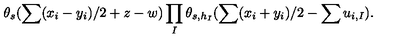
\theta _ { s } ( \sum ( x _ { i } - y _ { i } ) / 2 + z - w ) \prod _ { I } \theta _ { s , h _ { I } } ( \sum ( x _ { i } + y _ { i } ) / 2 - \sum u _ { i , I } ) .